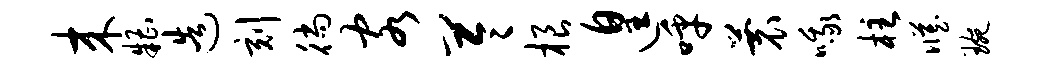
来糟造刻徜客苓根遑呼蓑哦柱臧琬